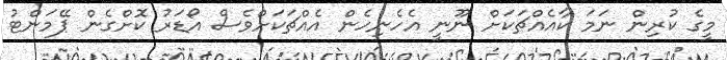
މީގެ ކުރިން ނަމަ ކާއެއްޗަކަށް ނޫނީ އެހެނިހެން އެއްޗަކަށްވެސް އޯޑަރު ކޮށްގެން ޕޭމަންޓު